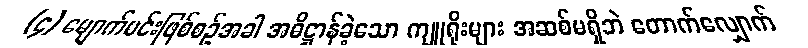
(၄) မျောက်မင်းဖြစ်စဉ်အခါ အဓိဋ္ဌာန်ခဲ့သော ကျူရိုးများ အဆစ်မရှိဘဲ တောက်လျှောက်